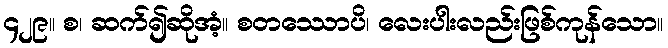
၄၂၉။ စ၊ ဆက်၍ဆိုအံ့။ စတဿောပိ၊ လေးပါးလည်းဖြစ်ကုန်သော။